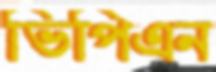
ভিপিএন